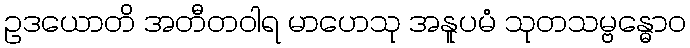
ဥဒယောတိ အတီတဝါရ မာဟေသု အနူပမံ သုတသမ္ဗန္ဓောဝ